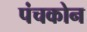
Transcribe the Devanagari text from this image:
पंचकोन